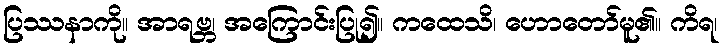
ပြဿနာကို။ အာရဗ္ဘ၊ အကြောင်းပြု၍။ ကထေသိ၊ ဟောတော်မူ၏။ ကိရ၊